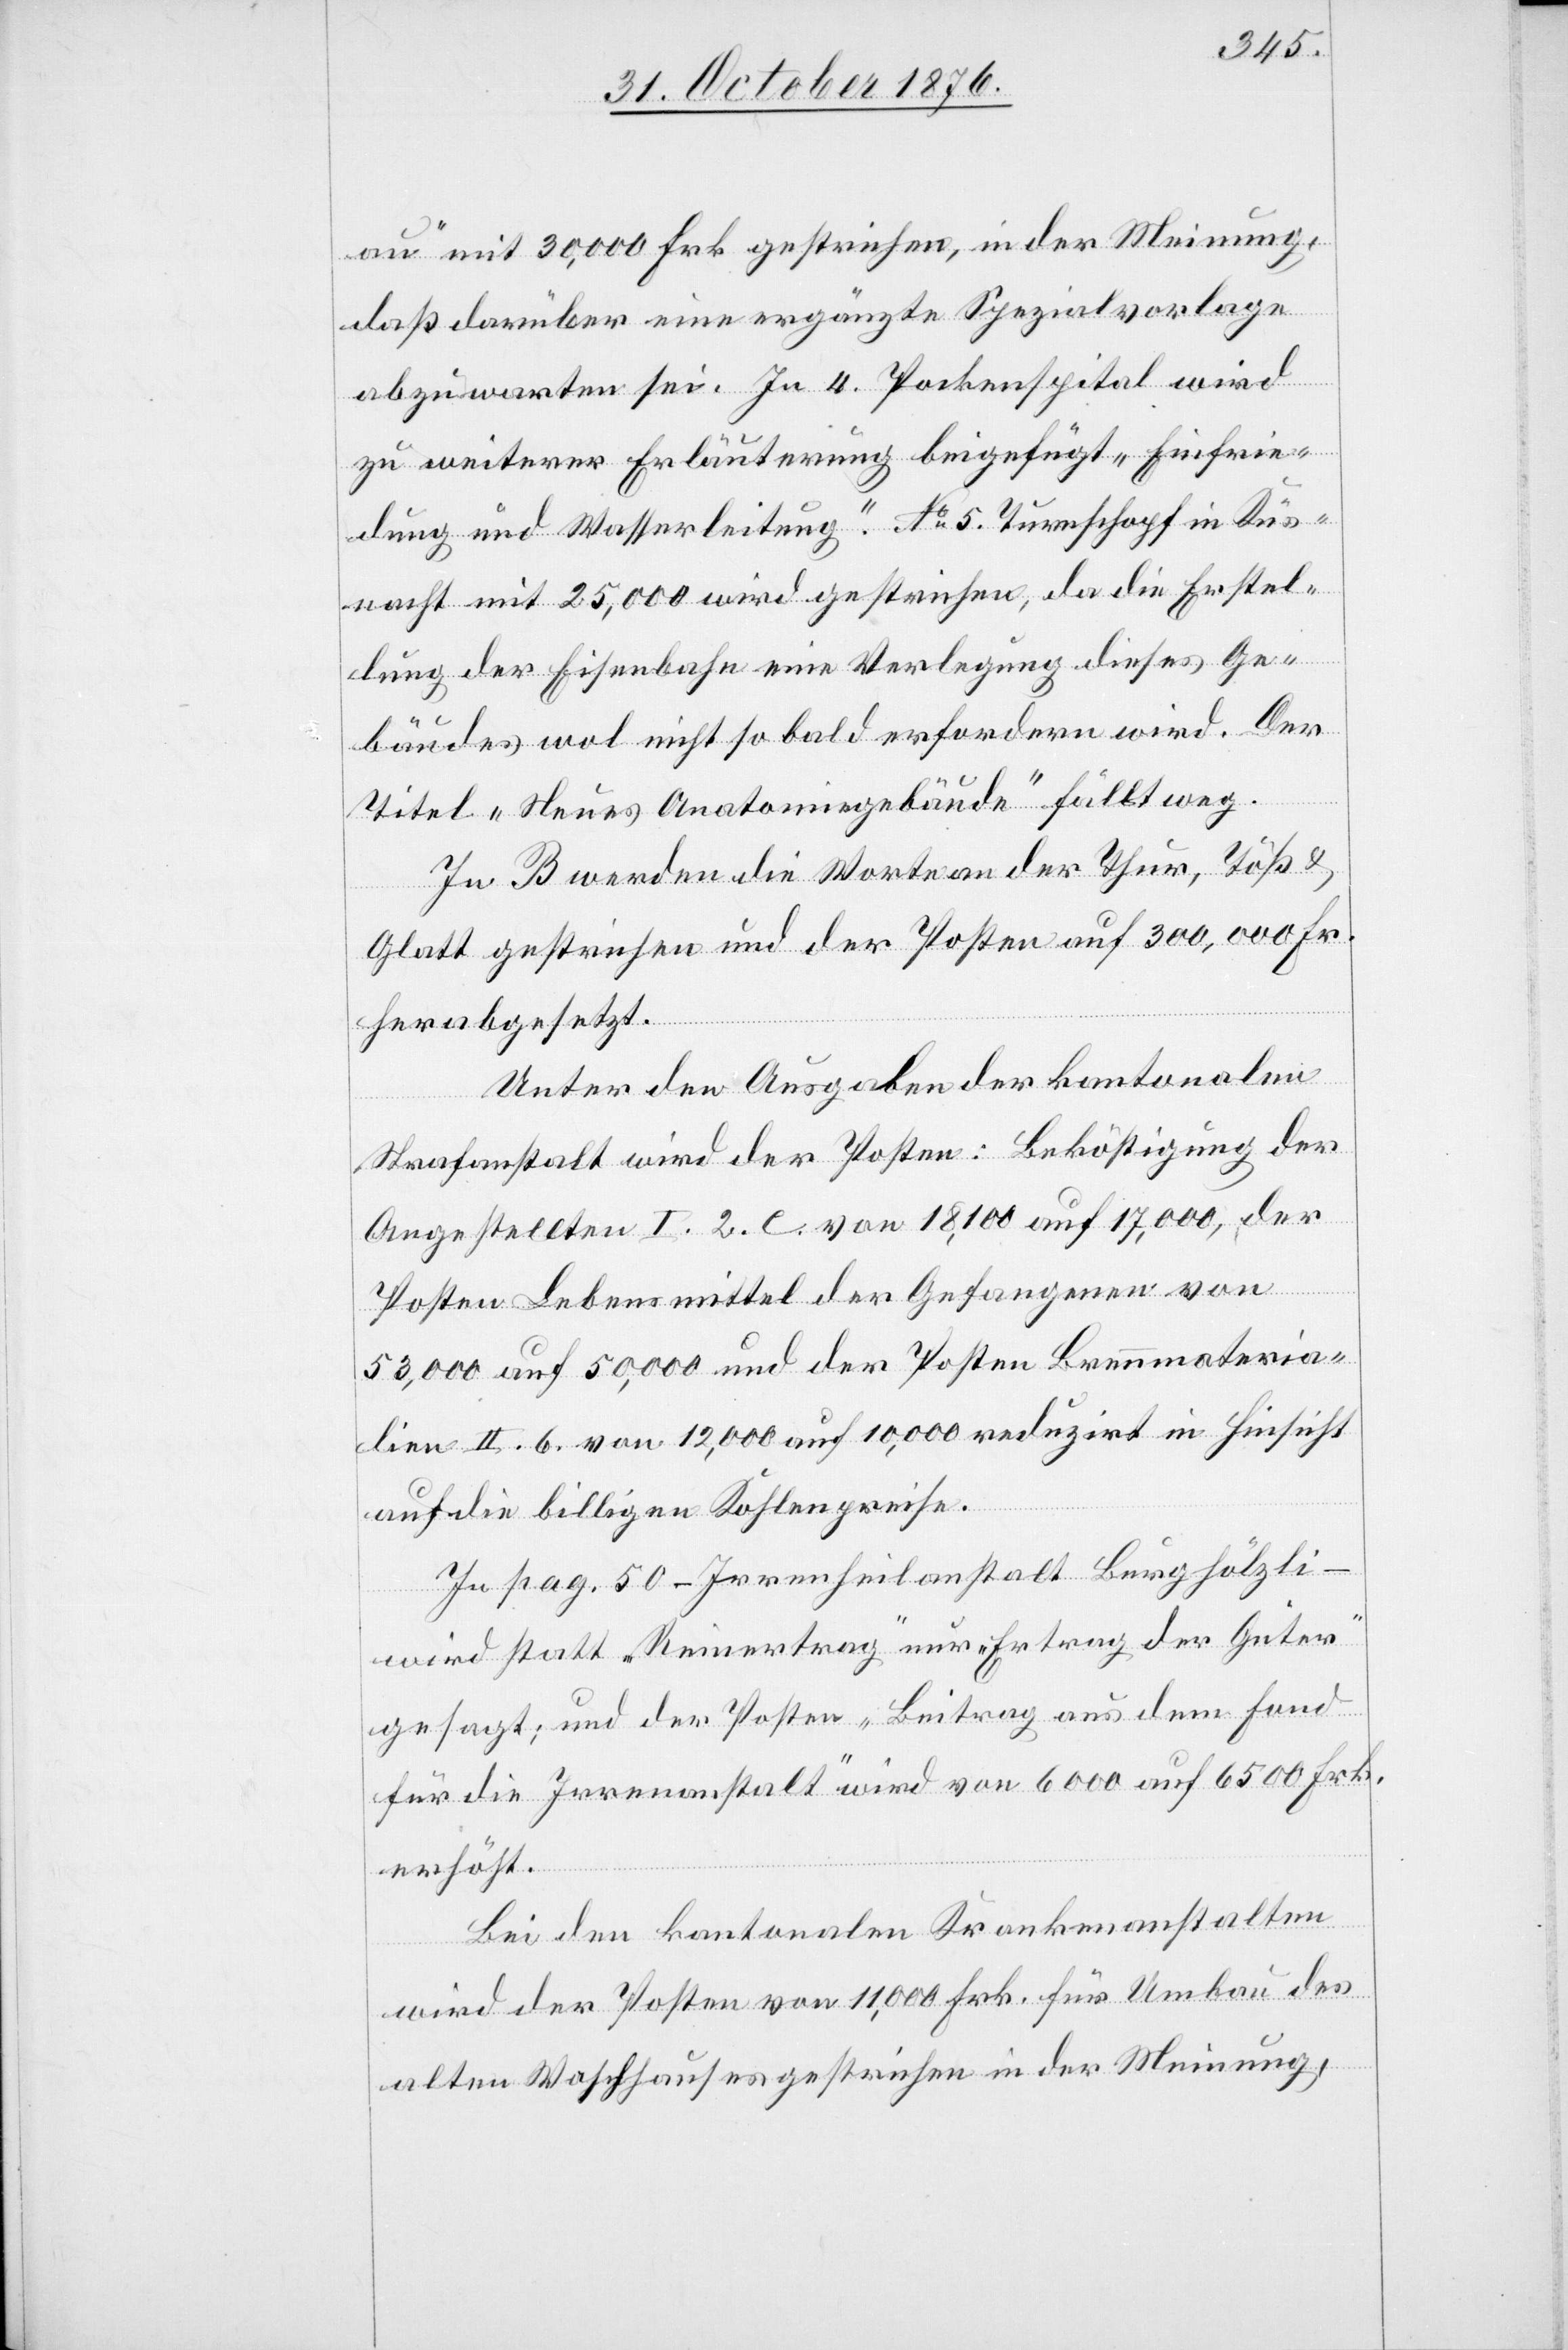
au“ mit 30,000 Frk. gestrichen, in der Meinung,
daß darüber eine ergänzte Spezialvorlage
abzuwarten sei. In 4. Pockenspital wird
zu weiterer Erläuterung beigefügt: „Einfrie¬
dung und Wasserleitung“. No 5. Turmschopf in Küs¬
nacht mit 25,000 wird gestrichen, da die Erstel¬
lung der Eisenbahn eine Verlegung dieses Ge¬
bäudes wol nicht so bald erfordern wird. Der
Titel „Neues Anatomiegebäude“ fällt weg.
In B werden die Worte an der Thur, Töß &
Glatt gestrichen und der Posten auf 300,000 Fr.
herabgesetzt.
Unter den Ausgaben der kantonalen
Strafanstalt wird der Posten: Beköstigung der
Angestellten I. 2. C. von 18,100 auf 17,000. der
Posten Lebensmittel der Gefangenen von
53,000 auf 50,000 und der Posten der Brennmateria¬
lien II. 6. von 12,000 auf 10,000 reduzirt in Hinsicht
auf die billigen Kohlenpreise.
In pag. 50 – Irrenheilanstalt Burghölzli –
wird statt „Reinertrag“ nur „Ertrag der Güter“
gesagt; und der Posten „Beitrag aus dem Fond
für die Irrenanstalt“ wird von 6000 auf 6500 Frk.
erhöht.
Bei den kantonalen Krankenanstalten
wird der Posten von 11,000 Frk. für Umbau des
alten Waschhauses gestrichen in der Meinung,